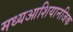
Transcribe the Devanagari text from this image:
मध्यआशियानजिक